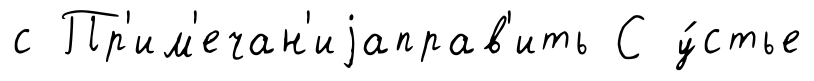
с Пр'им'ечан'иjаправ'ить С у́стье